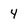
Character: 4